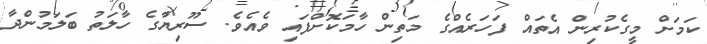
ކަމަށް މީގެކުރިން އެތައް ފަހަރެއްގެ މަތިން ހާމަކޮށްފައި ވެއެވެ. ސޫރިޔާގެ ހާލަތު ބަލަމުންދާ